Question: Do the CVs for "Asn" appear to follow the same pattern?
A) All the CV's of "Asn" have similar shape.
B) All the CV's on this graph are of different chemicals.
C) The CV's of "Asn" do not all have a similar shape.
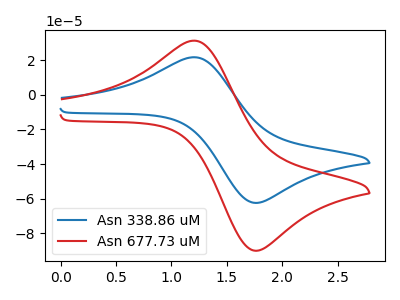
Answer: <think>The blue curve "Asn 338.86 uM" has an anodic peak at (1.20V, 21.60uA) and a cathodic peak at (1.80V, -62.20uA). The red curve "Asn 677.73 uM" has an anodic peak at (1.20V, 31.15uA) and a cathodic peak at (1.80V, -89.65uA).
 All the peaks in "Asn 338.86 uM" have a peak in "Asn 677.73 uM" at the same potential. Every peak in "Asn 338.86 uM" is lower than every peak in "Asn 677.73 uM".</think>
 <answer>A) All the CV's of "Asn" have similar shape.</answer>
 <eval>A</eval>